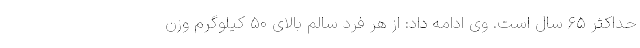
حداکثر ۶۵ سال است. وی ادامه داد: از هر فرد سالم بالای ۵۰ کیلوگرم وزن